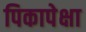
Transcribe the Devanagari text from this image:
पिकापेक्षा